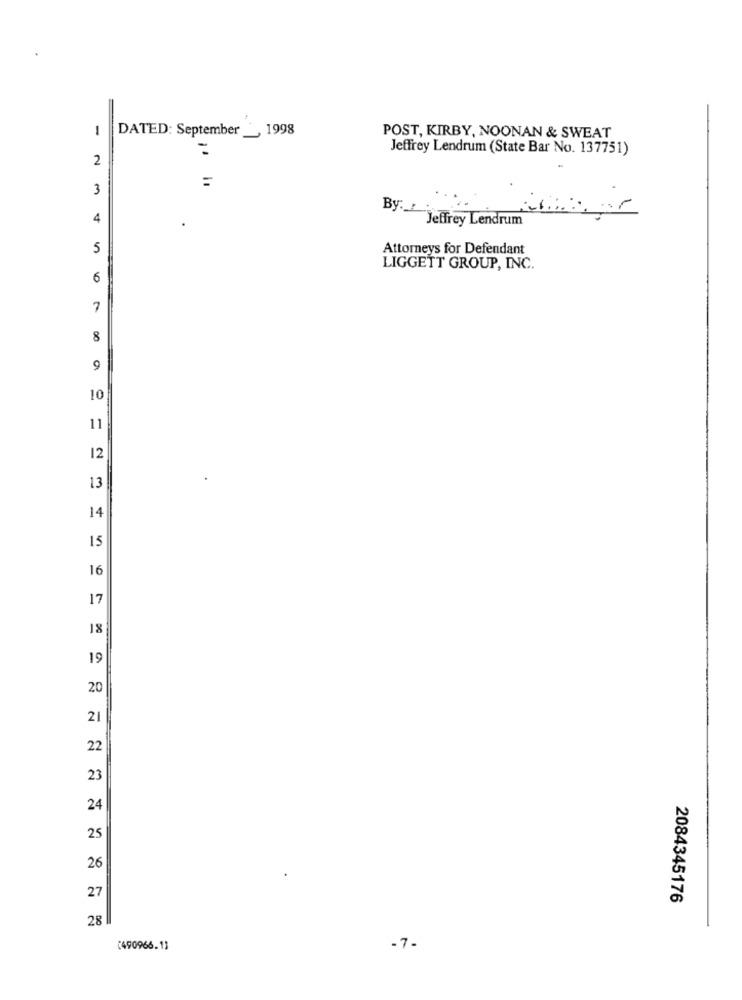
1
DATED: September __, 1998
POST, KIRBY, NOONAN & SWEAT
Jeffrey Lendrum (State Bar No. 137751)
2
3
4
By: jeffrey Lendrum
5
Attorneys for Defendant
LIGGETT GROUP, INC.
6
7
8
9
10
11
12
13
14
15
16
17
18
19
20
21
22
23
24
25
26
27
2084345176
28
(490966.13
-7-